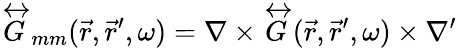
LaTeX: \overleftrightarrow{G}_{mm}(\vec{r},\vec{r}^{\prime},\omega)=\nabla\times\overleftrightarrow{G}(\vec{r},\vec{r}^{\prime},\omega)\times\nabla^{\prime}